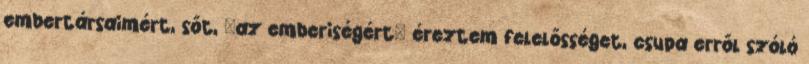
embertársaimért, sőt, "az emberiségért" éreztem felelősséget, csupa erről szóló